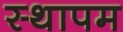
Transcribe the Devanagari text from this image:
स्थापम